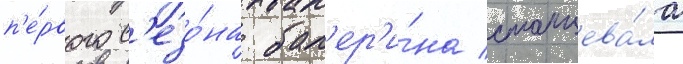
п'е́рвого с'езо́на бал'ер'и́на станцева́ла